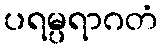
ပရမ္ပရာဂတံ